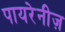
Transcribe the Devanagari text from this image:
पायरेनीज़